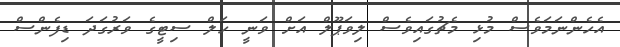
އެހެންނަމަވެސް މުޅި މެޗުގައިވެސް ލިވަޕޫލް އަށް ވަނީ ހަލް ސިޓީގެ ވަރުގަދަ ޑިފެންސް